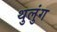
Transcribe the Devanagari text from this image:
थुलुंग